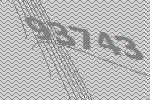
93743